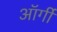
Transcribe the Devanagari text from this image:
ऑर्गी